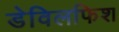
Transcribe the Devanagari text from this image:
डेविलफिश